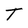
Character: T